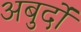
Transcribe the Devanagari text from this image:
अबुर्दों